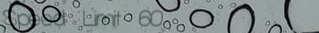
Speed Limit 60